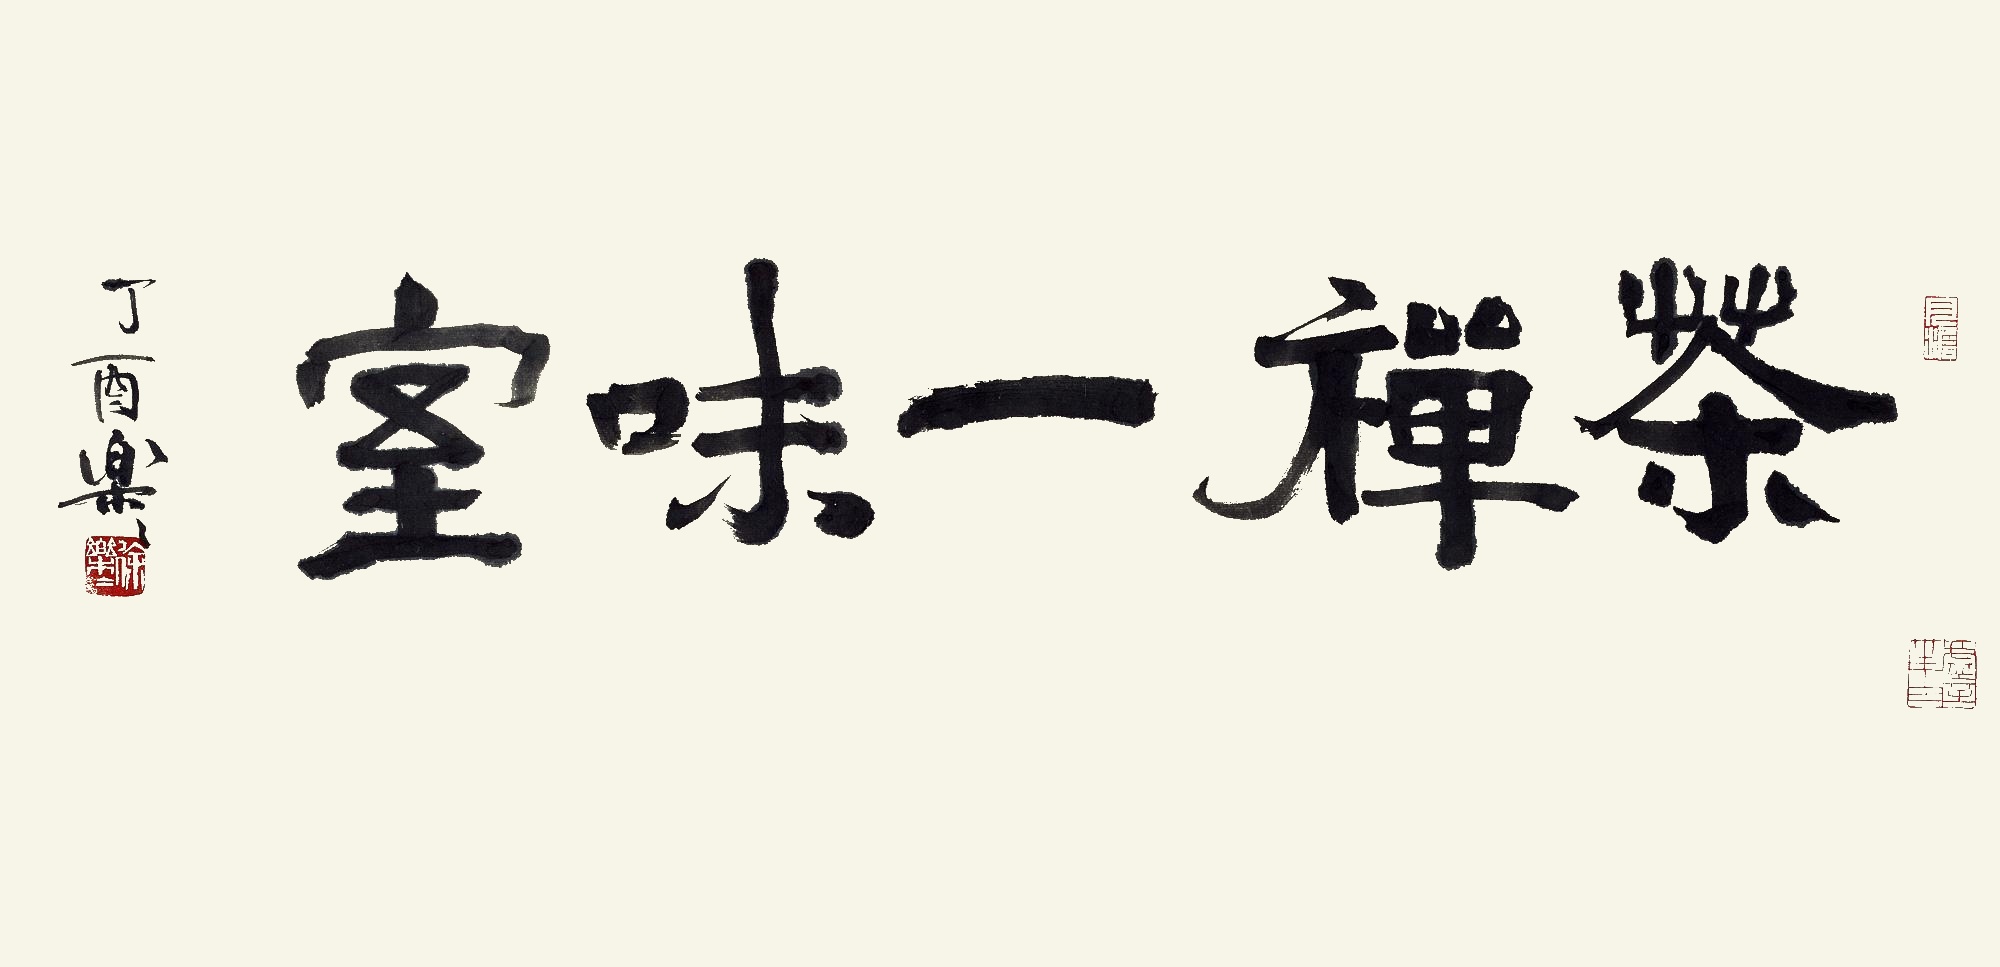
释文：茶禅一味室。丁酉，乐乐。